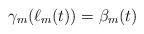
LaTeX: \begin{align*}\gamma_m(\ell_m(t)) = \beta_m(t)\end{align*}